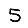
Digit: 5